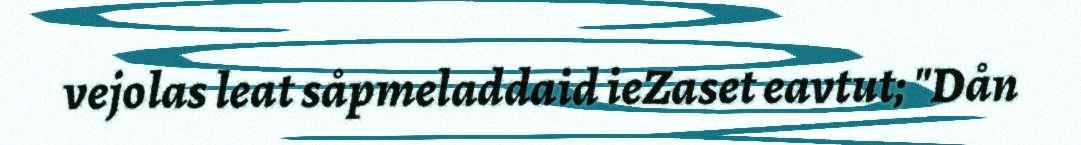
vejolas leat såpmeladdaid ieZaset eavtut; "Dån